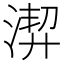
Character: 𱧍